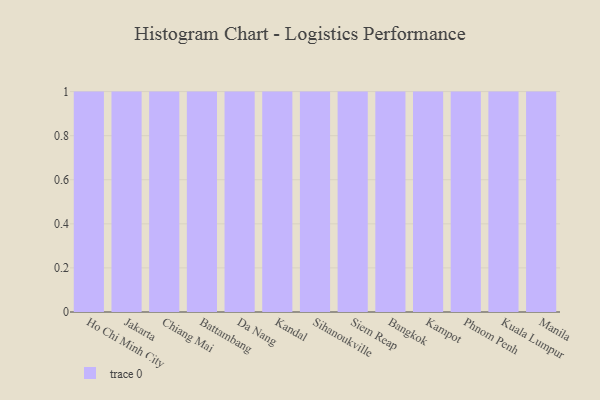
{"axis": {"x": "City", "y": "Tickets Resolved"}, "legend": [""], "data": [{"x": "Ho Chi Minh City", "y": 71, "type": ""}, {"x": "Jakarta", "y": 47, "type": ""}, {"x": "Chiang Mai", "y": 75, "type": ""}, {"x": "Battambang", "y": 53, "type": ""}, {"x": "Da Nang", "y": 5, "type": ""}, {"x": "Kandal", "y": 99, "type": ""}, {"x": "Sihanoukville", "y": 45, "type": ""}, {"x": "Siem Reap", "y": 87, "type": ""}, {"x": "Bangkok", "y": 51, "type": ""}, {"x": "Kampot", "y": 71, "type": ""}, {"x": "Phnom Penh", "y": 61, "type": ""}, {"x": "Kuala Lumpur", "y": 54, "type": ""}, {"x": "Manila", "y": 94, "type": ""}]}